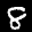
Label: 8